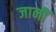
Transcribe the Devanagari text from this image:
जानीं